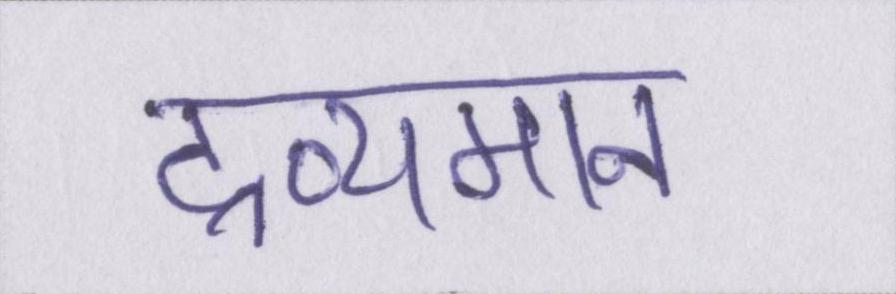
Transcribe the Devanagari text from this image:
द्रव्यमान